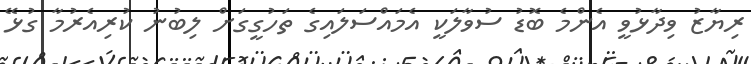
ރިޔާޒު ވިދާޅުވީ އެންމެ ބޮޑު ސުވާލަކީ އެމައްސަލައިގެ ތަހުގީގަށް ލިބުނު ކުރިއެރުމާ ގުޅޭ